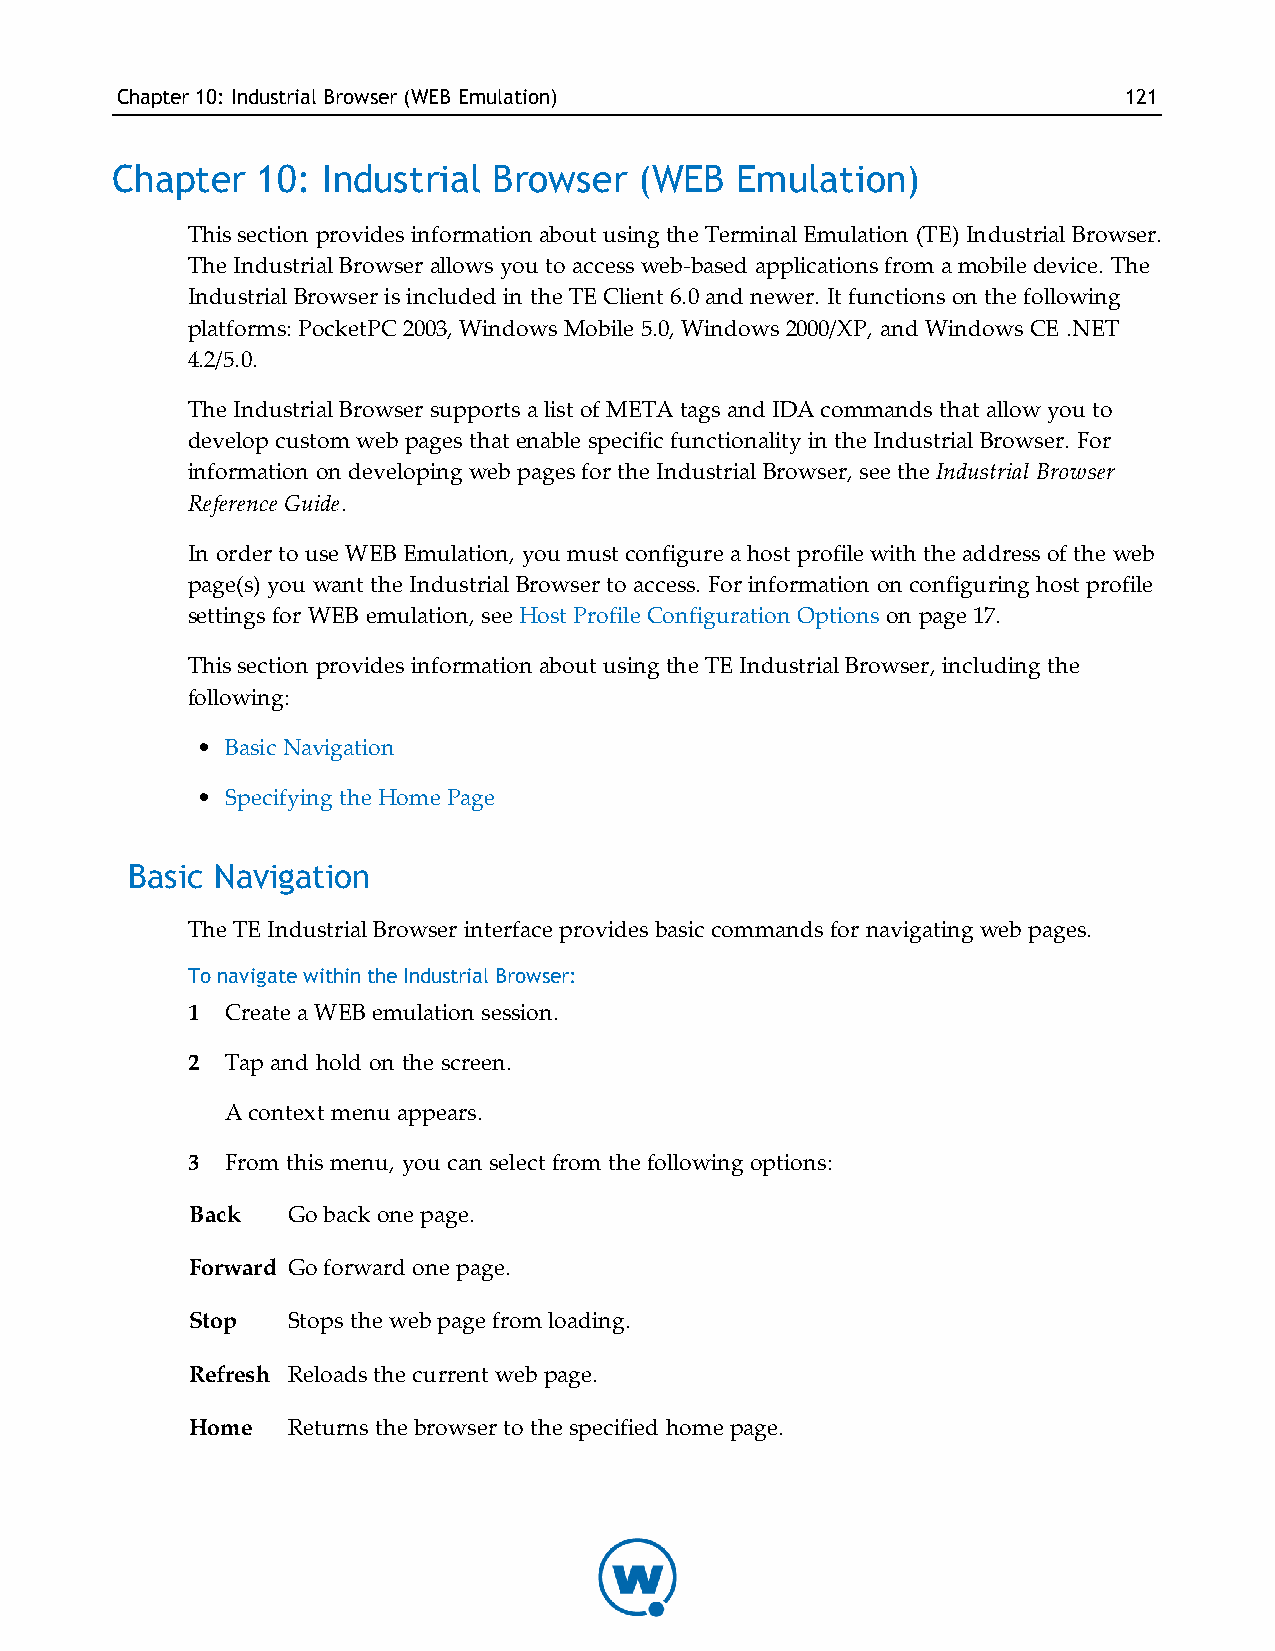
Chapter10: Industrial Browser(WEB Emulation)                      121
 Chapter   10: Industrial  Browser  (WEB   Emulation)
 This section provides information about using the Terminal Emulation (TE) Industrial Browser.
 The Industrial Browser allows you to access web-based applications from a mobile device. The
 Industrial Browser is included in the TE Client 6.0 and newer. It functions on the following
 platforms: PocketPC 2003, Windows Mobile 5.0, Windows 2000/XP, and Windows CE .NET
 4.2/5.0.
 The Industrial Browser supports a list of META tags and IDA commands that allow you to
 develop custom web pages that enable specific functionality in the Industrial Browser. For
 information on developing web pages for the Industrial Browser, see the Industrial Browser
 Reference Guide.
 In order to use WEB Emulation, you must configure a host profile with the address of the web
 page(s) you want the Industrial Browser to access. For information on configuring host profile
 settings for WEB emulation, see Host Profile Configuration Options on page 17.
 This section provides information about using the TE Industrial Browser, including the
 following:
 • Basic Navigation
 • Specifying the Home Page
 Basic Navigation
 The TE Industrial Browser interface provides basic commands for navigating web pages.
 To navigate within the Industrial Browser:
 1  Create a WEB emulation session.
 2  Tap and hold on the screen.
 A context menu appears.
 3  From this menu, you can select from the following options:
 Back  Go back one page.
 Forward Go forward one page.
 Stop  Stops the web page from loading.
 Refresh Reloads the current web page.
 Home  Returns the browser to the specified home page.